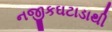
નજીકઘટાડાથી